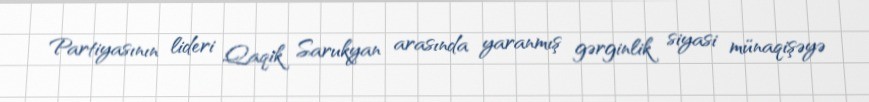
Partiyasının lideri Qaqik Sarukyan arasında yaranmış gərginlik siyasi münaqişəyə